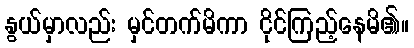
နွယ်မှာလည်း မှင်တက်မိကာ ငိုင်ကြည့်နေမိ၏။